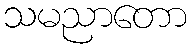
သမညာတော